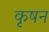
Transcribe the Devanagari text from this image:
कृषन